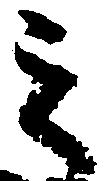
之